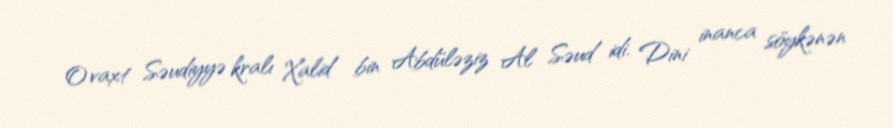
O vaxt Səudiyyə kralı Xalid bin Abdüləziz Al Səud idi. Dini inanca söykənən